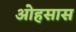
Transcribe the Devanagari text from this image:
ओहसास